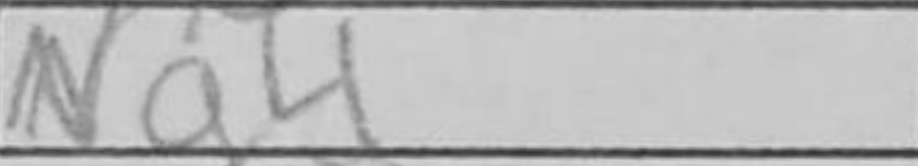
Transcription: Ng4